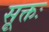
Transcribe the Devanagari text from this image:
सूक्तः